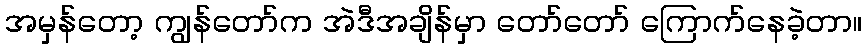
အမှန်တော့ ကျွန်တော်က အဲဒီအချိန်မှာ တော်တော် ကြောက်နေခဲ့တာ။